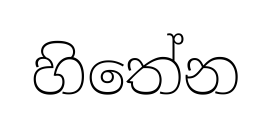
හිතේන